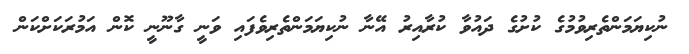
ނުކިޔަމަންތެރިވުމުގެ ކުށުގެ ދައުވާ ކުރާއިރު އޭނާ ނުކިޔަމަންތެރިވެފައި ވަނީ ގާނޫނީ ކޮން އަމުރަކަށްކަން